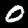
Label: 0